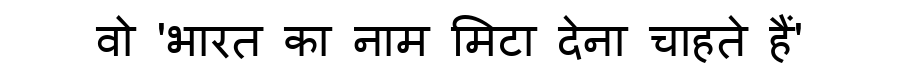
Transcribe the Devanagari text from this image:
वो 'भारत का नाम मिटा देना चाहते हैं'